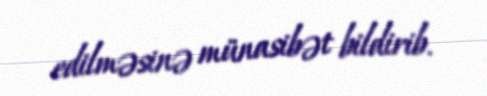
edilməsinə münasibət bildirib.